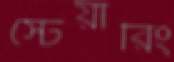
স্টেয়ারিং